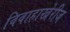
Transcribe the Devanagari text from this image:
विवाहाखेरीज